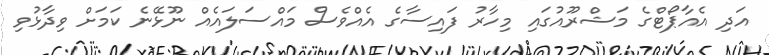
އަދި އެއާޕޯޓްގެ މަޝްރޫއުގައި މިހާރު ފައިސާގެ އެއްވެސް މައްސަލައެއް ނޫޅޭނެ ކަމަށް ވިދާޅުވި